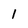
Character: 1